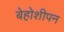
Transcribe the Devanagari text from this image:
बेहोशीपन